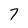
Character: 7